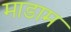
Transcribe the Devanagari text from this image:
माडाम